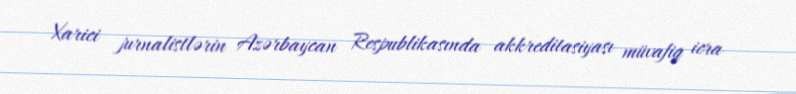
Xarici jurnalistlərin Azərbaycan Respublikasında akkreditasiyası müvafiq icra